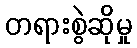
တရားစွဲဆိုမှု